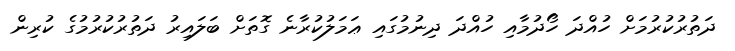
ދަތުރުކުރުމަށް ހުއްދަ ހޯދުމާއި ހުއްދަ ދިނުމުގައި ޢަމަލުކުރާނެ ގޮތަށް ބަލައިރު ދަތުރުކުރުމުގެ ކުރިން